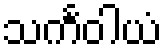
သင်္ကဝါယံ